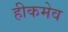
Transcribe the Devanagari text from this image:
हीकमेव